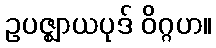
ဥပဇ္ဈာယပုဒ် ဝိဂ္ဂဟ။